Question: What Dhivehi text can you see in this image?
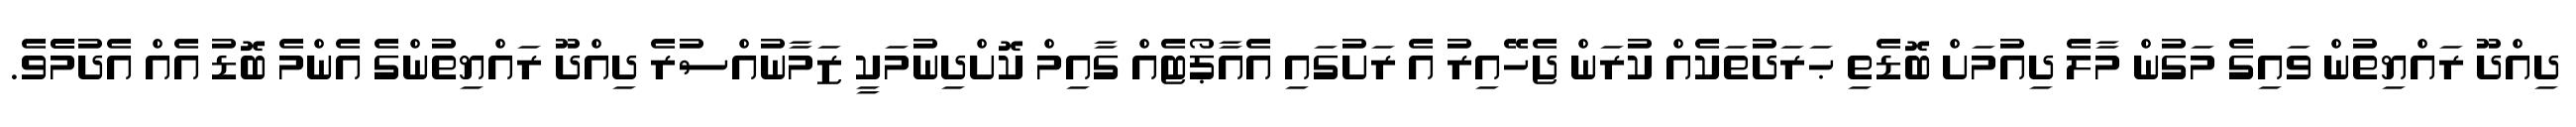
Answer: ދިއްދޫ ރައްޔިތުން ވައިގެ މަގުން މާލެ ދިއުމަށް ބޮޑެތި ޙަރަދުތަކެއް ކުރަން ޖެހޭއިރު އެ ރަށުގައި އެއާޕޯޓެއް ގާއިމް ކޮށްދިނުމަކީ ޒަމާނުއްސުރެ ދިއްދޫ ރައްޔިތުންގެ އެންމެ ބޮޑު އެއް އެދުމެެވެ.